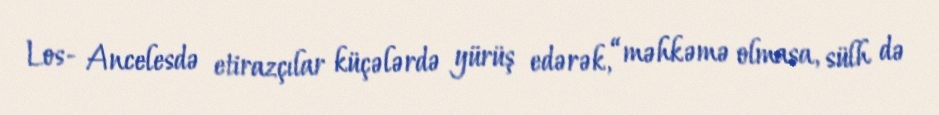
Los- Ancelesdə etirazçılar küçələrdə yürüş edərək, “məhkəmə olmasa, sülh də